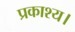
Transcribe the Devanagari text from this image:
प्रकाश्य।